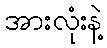
အားလုံးနဲ့